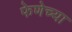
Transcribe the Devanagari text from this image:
फेणेच्या